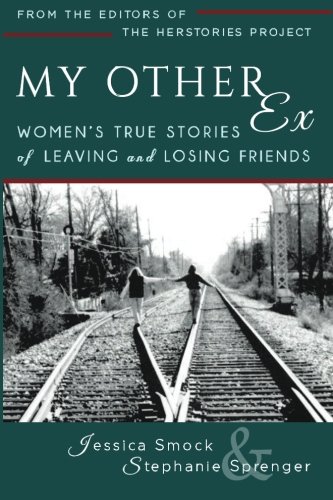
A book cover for My Other Ex: Women's True Stories of Losing and Leaving Friends; Jessica A Smock; Self-Help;